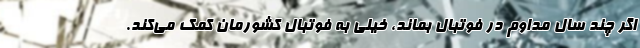
اگر چند سال مداوم در فوتبال بماند، خیلی به فوتبال کشورمان کمک می‌کند.